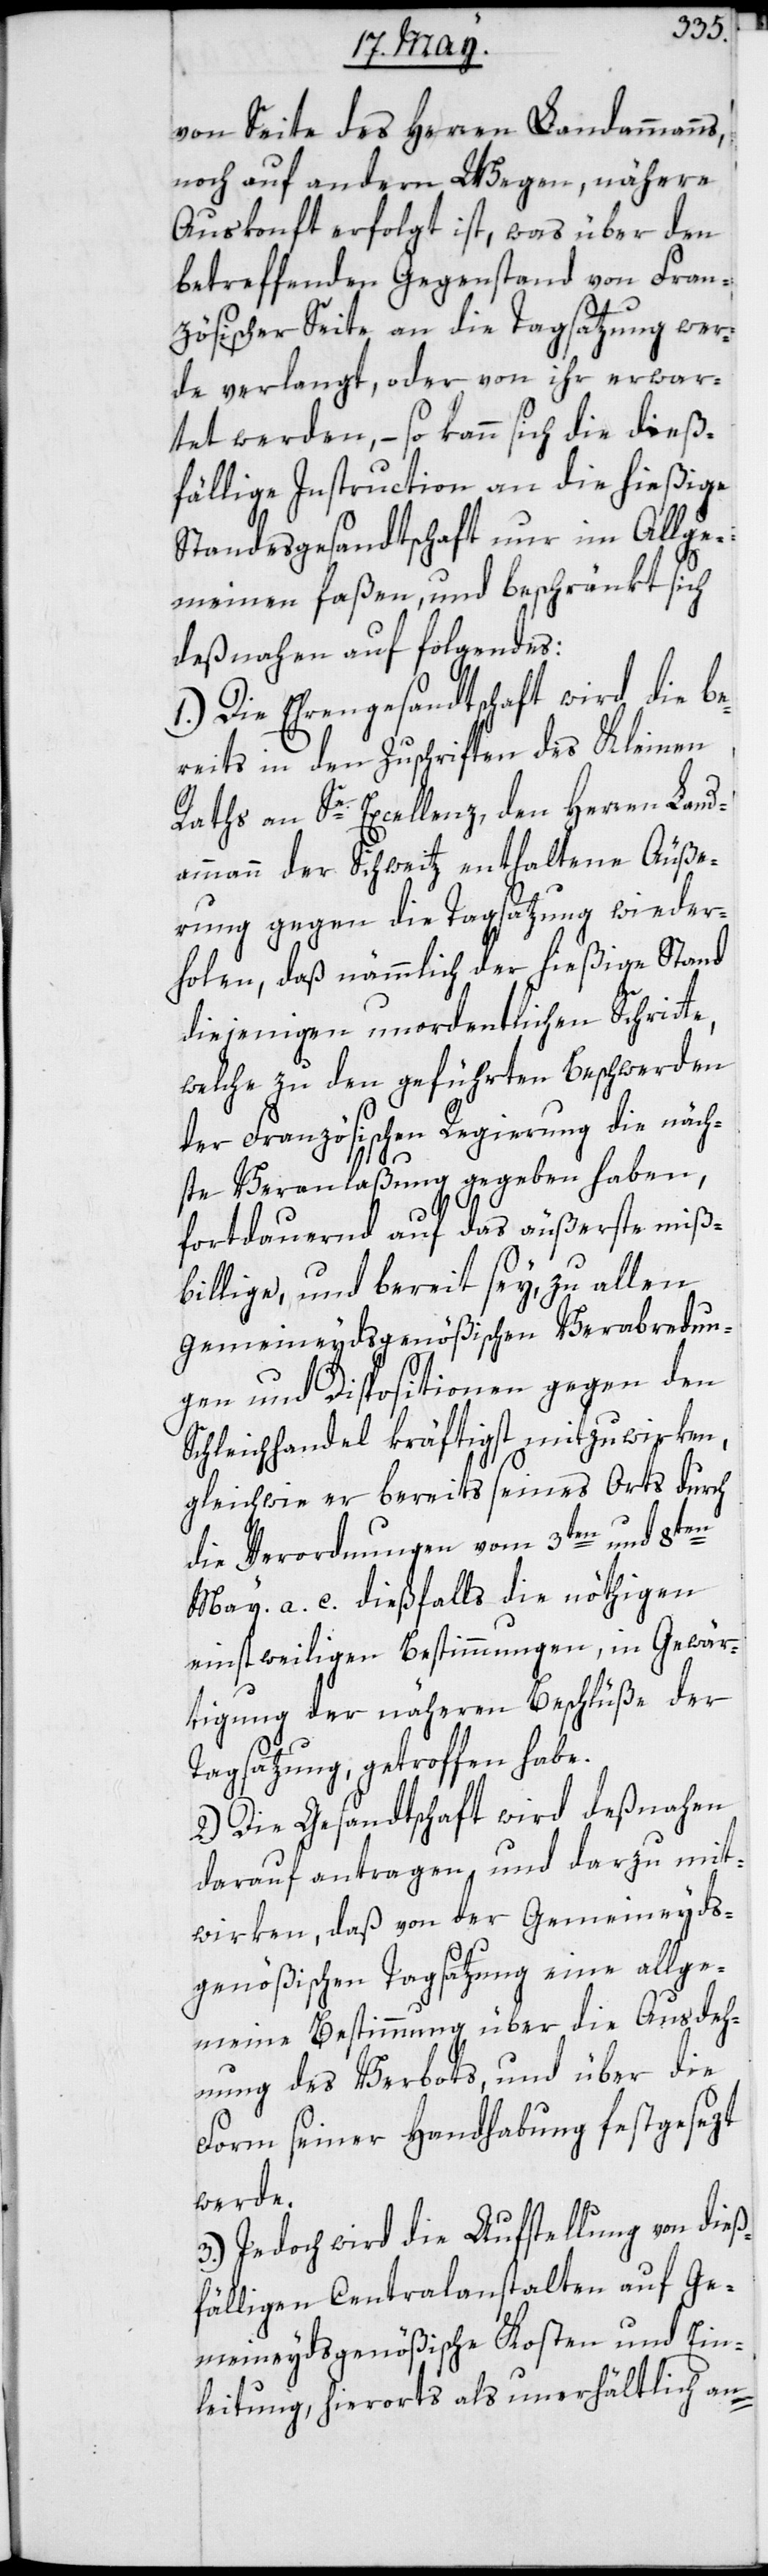
von Seite des Herren Landammanns,
noch auf andern Wegen nähere
Auskonft erfolgt ist, was über den
betreffenden Gegenstand von Fran¬
zösischer Seite, an die Tagsatzung wer¬
de verlangt, oder von ihr erwar¬
tet werden, – so kann sich die dieß¬
fällige Instruction an die hießige
Standesgesandtschaft nur im Allge¬
meinen faßen, und beschränkt sich
deßnahen auf folgendes:
1.) Die Ehrengesandtschaft wird die be¬
reits in den Zuschriften des Kleinen
Raths an Se. Excellenz den Herren Land¬
ammann der Schweitz enthaltene Äuße¬
rung gegen die Tagsatzung wieder¬
holen, daß nämmlich der hießige Stand
diejenigen unordentlichen Schritte,
welche zu den geführten Beschwerden
der Französischen Regierung die näch¬
ste Veranlaßung gegeben haben,
fortdauernd auf das äußerste miß¬
billige, und bereit sey, zu allen
gemeineydsgenößischen Verabredun¬
gen und Dispositionen gegen den
Schleichhandel kräftigst mitzuwirken,
gleichwie er bereits seines Orts durch
die Verordnungen vom 3ten und 8ten
May a. c. dießfalls die nöthigen
einstweiligen Bestimmungen, in Gewär¬
tigung der näheren Beschlüße der
Tagsatzung, getroffen habe.
2.) Die Gesandtschaft wird deßnahen
darauf antragen und darzu mit¬
wirken, daß von der Gemeineyds¬
genößischen Tagsatzung eine allge¬
meine Bestimmung über die Ausdeh¬
nung des Verbots, und über die
Form seiner Handhabung festgesezt
werde.
3.) Jedoch wird die Aufstellung von dieß¬
fälligen Centralanstalten auf Ge¬
meineydsgenößische Kosten und Ein¬
leitung, hierorts als unerhältlich an-